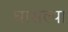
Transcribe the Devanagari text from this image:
घासल्या